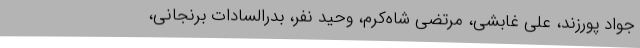
جواد پورزند، علی غابشی، مرتضی شاه‌کرم، وحید نفر، بدرالسادات برنجانی،